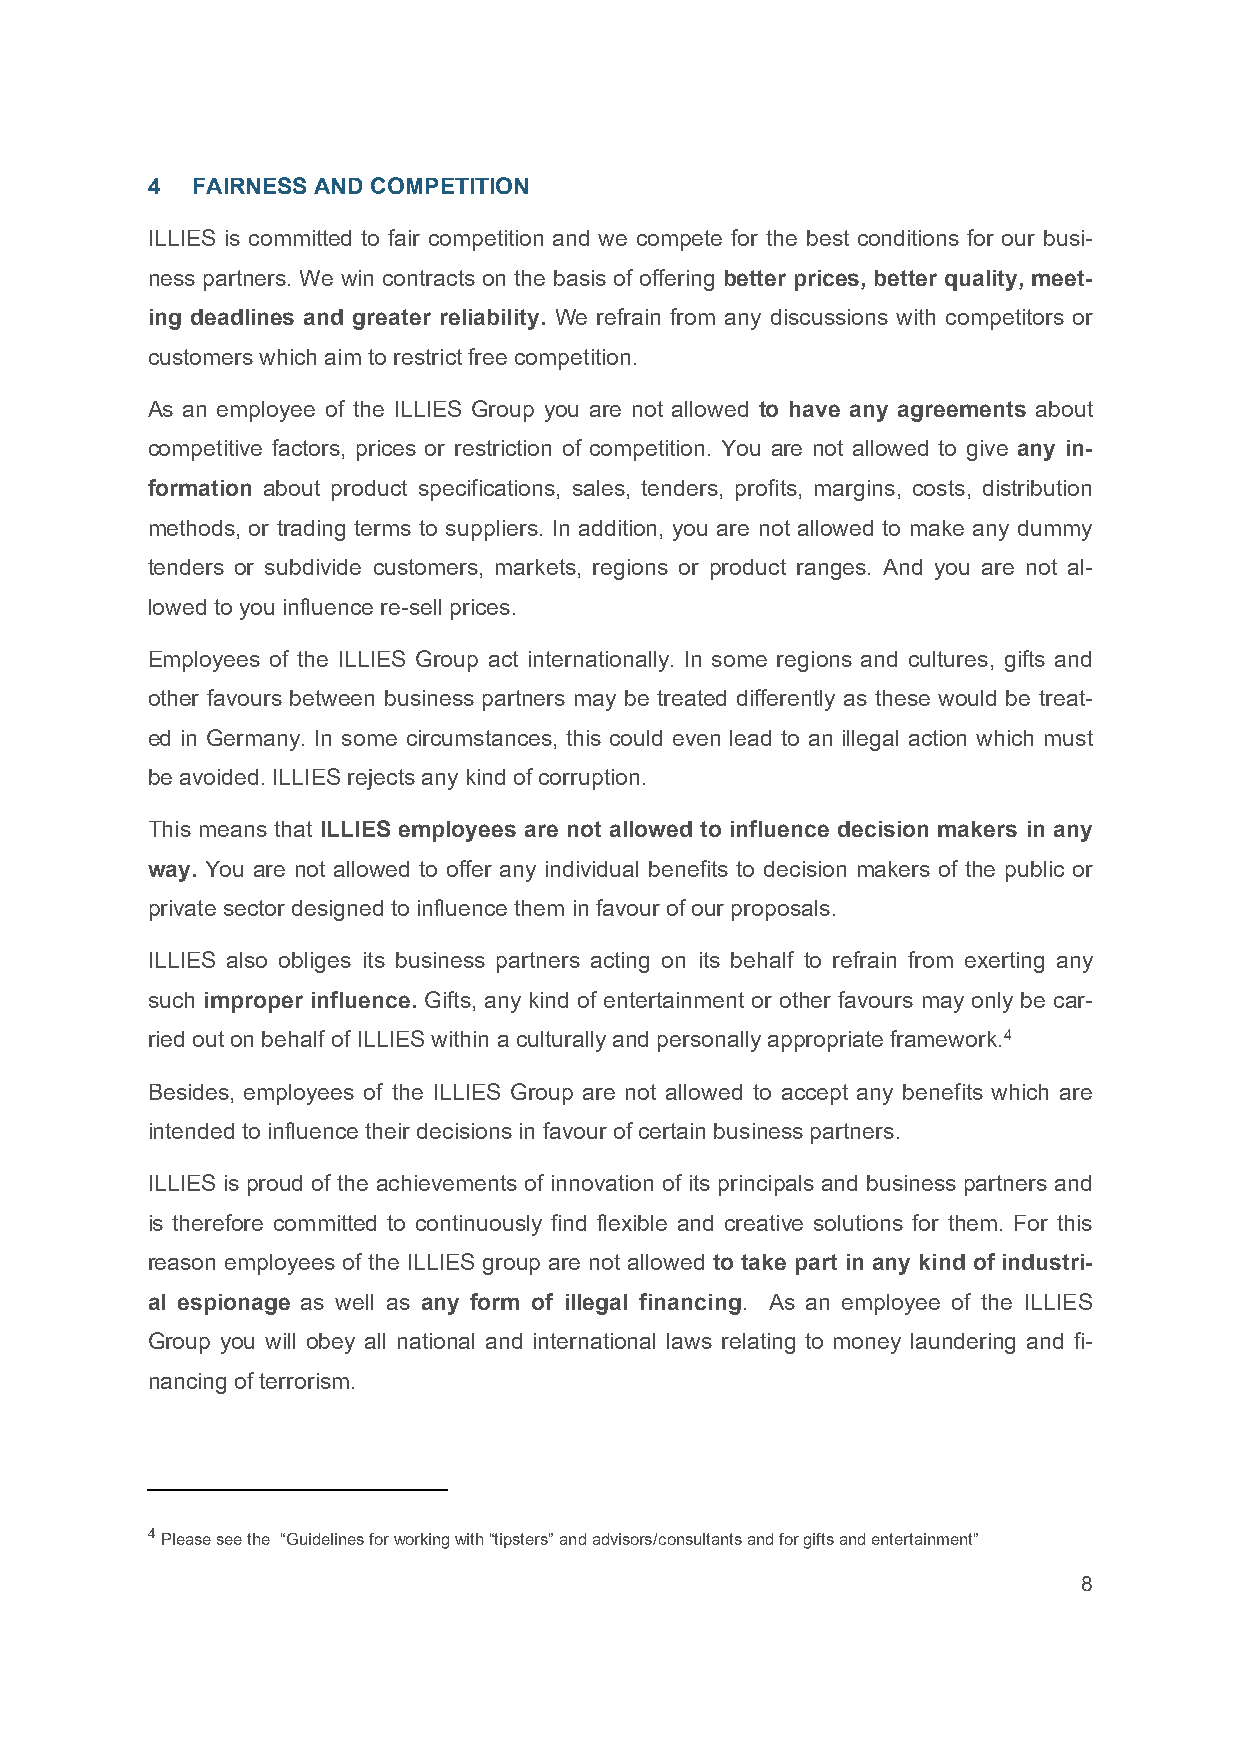
4  FAIRNESS AND COMPETITION
 ILLIES is committed to fair competition and we compete for the best conditions for our busi-
 ness partners. We win contracts on the basis of offering better prices, better quality, meet-
 ing deadlines and greater reliability. We refrain from any discussions with competitors or
 customers which aim to restrict free competition.
 As an employee of the ILLIES Group you are not allowed to have any agreements about
 competitive factors, prices or restriction of competition. You are not allowed to give any in-
 formation about product specifications, sales, tenders, profits, margins, costs, distribution
 methods, or trading terms to suppliers. In addition, you are not allowed to make any dummy
 tenders or subdivide customers, markets, regions or product ranges. And you are not al-
 lowed to you influence re-sell prices.
 Employees of the ILLIES Group act internationally. In some regions and cultures, gifts and
 other favours between business partners may be treated differently as these would be treat-
 ed in Germany. In some circumstances, this could even lead to an illegal action which must
 be avoided. ILLIES rejects any kind of corruption.
 This means that ILLIES employees are not allowed to influence decision makers in any
 way. You are not allowed to offer any individual benefits to decision makers of the public or
 private sector designed to influence them in favour of our proposals.
 ILLIES also obliges its business partners acting on its behalf to refrain from exerting any
 such improper influence. Gifts, any kind of entertainment or other favours may only be car-
 ried out on behalf of ILLIES within a culturally and personally appropriate framework.4
 Besides, employees of the ILLIES Group are not allowed to accept any benefits which are
 intended to influence their decisions in favour of certain business partners.
 ILLIES is proud of the achievements of innovation of its principals and business partners and
 is therefore committed to continuously find flexible and creative solutions for them. For this
 reason employees of the ILLIES group are not allowed to take part in any kind of industri-
 al espionage as well as any form of illegal financing. As an employee of the ILLIES
 Group you will obey all national and international laws relating to money laundering and fi-
 nancing of terrorism.
 4 Please see the “Guidelines for working with “tipsters” and advisors/consultants and for gifts and entertainment”
 8